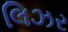
લિઝર